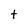
Character: t